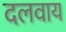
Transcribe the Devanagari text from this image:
दलवाय